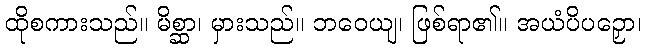
ထိုစကားသည်။ မိစ္ဆာ၊ မှားသည်။ ဘဝေယျ၊ ဖြစ်ရာ၏။ အယံပိပဉှော၊